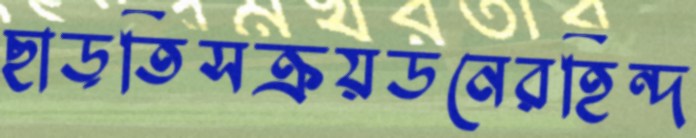
ছাড়তিসক্রয়ডনেরহিন্দ